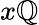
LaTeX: x\mathbb{Q}